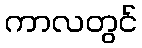
ကာလတွင်